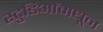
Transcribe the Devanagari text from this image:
स्टुडिओंमधून